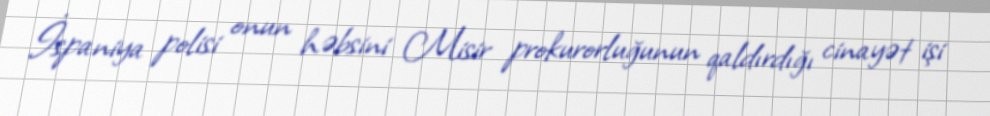
İspaniya polisi onun həbsini Misir prokurorluğunun qaldırdığı cinayət işi